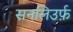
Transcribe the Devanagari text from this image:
सनलिउर्फ़